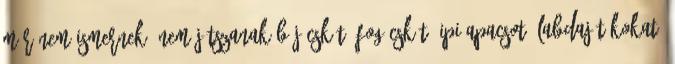
már nem ismernek. Nem játszanak bújócskát, fogócskát, ipi-apacsot, labdajátékokat.